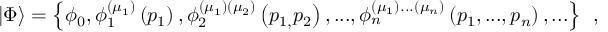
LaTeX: \left| \Phi \right\rangle = \left\{ \phi _ { 0 } , \phi _ { 1 } ^ { ( \mu _ { 1 } ) } \left( p _ { 1 } \right) , \phi _ { 2 } ^ { ( \mu _ { 1 } ) ( \mu _ { 2 } ) } \left( p _ { 1 , } p _ { 2 } \right) , . . . , \phi _ { n } ^ { ( \mu _ { 1 } ) . . . ( \mu _ { n } ) } \left( p _ { 1 } , . . . , p _ { n } \right) , . . . \right\} \; \, ,